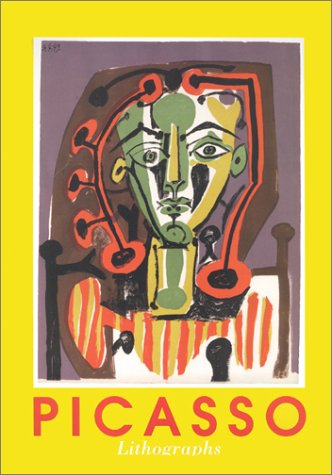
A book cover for Pablo Picasso: The Lithographs; Arts & Photography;